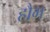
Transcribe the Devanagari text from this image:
हौग